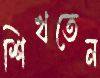
শিখতেন